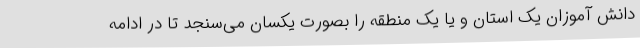
دانش آموزان یک استان و یا یک منطقه را بصورت یکسان می‌سنجد تا در ادامه